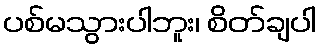
ပစ်မသွားပါဘူး၊ စိတ်ချပါ